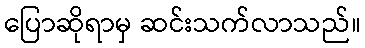
ပြောဆိုရာမှ ဆင်းသက်လာသည်။